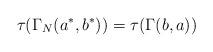
LaTeX: \begin{gather*}\tau(\Gamma_N(a^*, b^*))=\tau(\Gamma(b, a) )\end{gather*}